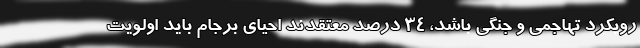
رویکرد تهاجمی و جنگی باشد، 34 درصد معتقدند احیای برجام باید اولویت